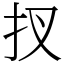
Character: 扠